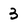
Character: 3